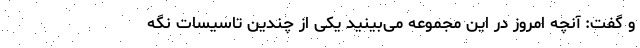
و گفت: آنچه امروز در این مجموعه می‌بینید یکی از چندین تاسیسات نگه